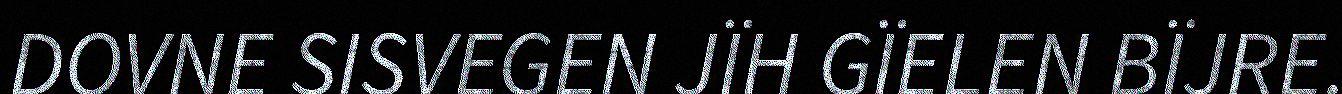
DOVNE SISVEGEN JÏH GÏELEN BÏJRE.